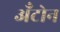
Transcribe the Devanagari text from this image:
अँटोन